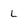
Character: L